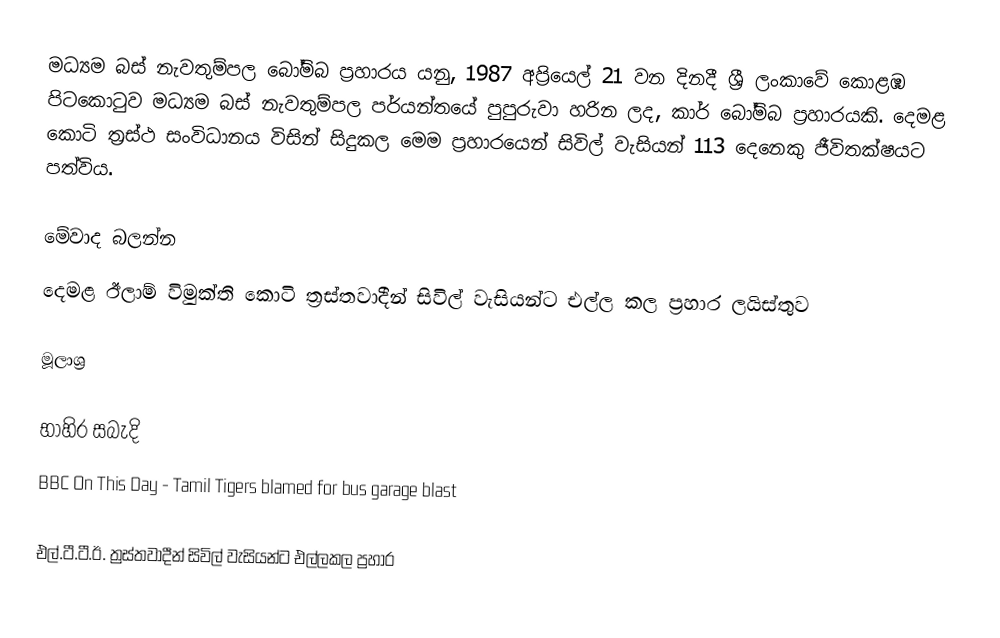
මධ්‍යම බස් නැවතුම්පල බෝම්බ ප්‍රහාරය යනු, 1987 අප්‍රියෙල් 21 වන දිනදී ශ්‍රී ලංකාවේ කොළඹ පිටකොටුව මධ්‍යම බස් නැවතුම්පල පර්යන්තයේ පුපුරුවා හරින ලද, කාර් බෝම්බ ප්‍රහාරයකි. දෙමළ කොටි ත්‍රස්ථ සංවිධානය විසින් සිදුකල මෙම ප්‍රහාරයෙන් සිවිල් වැසියන් 113 දෙනෙකු ජීවිතක්ෂයට පත්විය.

මේවාද බලන්න
 දෙමළ ඊලාම් විමුක්ති කොටි ත්‍රස්තවාදීන් සිවිල් වැසියන්ට එල්ල කල ප්‍රහාර ලයිස්තුව

මූලාශ්‍ර

භාහිර සබැදි
 BBC On This Day - Tamil Tigers blamed for bus garage blast

එල්.ටී.ටී.ඊ. ත්‍රස්තවාදීන් සිවිල් වැසියන්ට එල්ලකල ප්‍රහාර